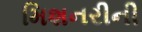
મિશનરીની